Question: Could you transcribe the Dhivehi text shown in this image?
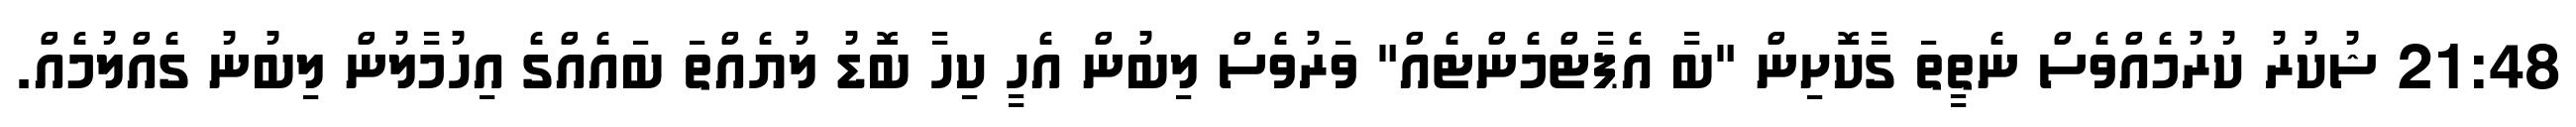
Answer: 21:48 ޝުކުރު ކުރުމެއްވެސް ނެތީތަ ގާކޮށިން "ބާ އެޕާޓްމެންޓެއް" ވަރުވެސް ލިބުން އެހީ ކިހާ ބޮޑު ލުޔެއްތަ ބައެއްގެ އިހުމާލުން ލިބުނު ގެއްލުމެއް.